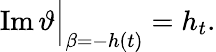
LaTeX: \operatorname{Im}\vartheta\Big|_{\beta=-h(t)}=h_{t}.